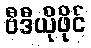
ဗီဒီယိုဖိုင်